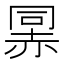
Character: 𰷯